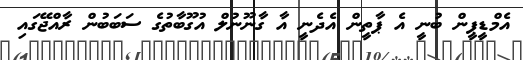
އެމްޑީޕީން ބުނީ އެ ޕާތީން އެދެނީ އާ ގާނޫނުލް އުގޫބާތުގެ ސަބަބުން ރާއްޖޭގައި